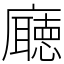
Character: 廰